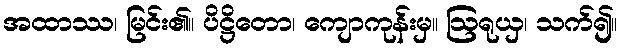
အထာဿ၊ မြင်း၏။ ပိဋ္ဌိတော၊ ကျောကုန်းမှ။ ဩရုယှ၊ သက်၍။